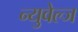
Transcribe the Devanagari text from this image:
न्युवेल्ज